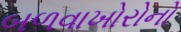
બળવાખોરોનો